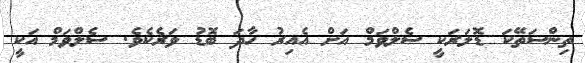
ތިންސަތޭކަ ޑޮލަރަކީ ސެލްްވަމް އަށް އެއިރު ހާދަ ބޮޑު ވަރެކެވެ. ސެލްވަމް އަކީ